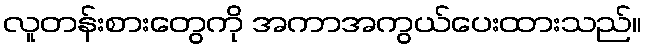
လူတန်းစားတွေကို အကာအကွယ်ပေးထားသည်။